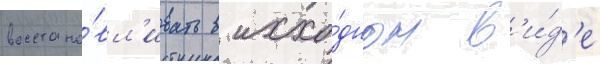
восстана́вл'ивать в исхо́дном в'и́д'е